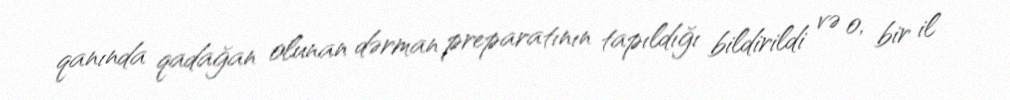
qanında qadağan olunan dərman preparatının tapıldığı bildirildi və o, bir il